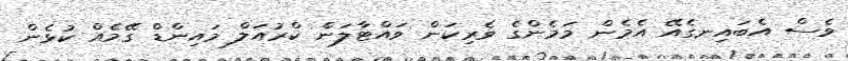
ވެސް އެބައިނގެއޭ އެމެން މަމެންގެ ވެރިކަން ވައްޓާލަން ކްރުއަލް މައިންޑް ގޭމެއް ކުޅެން